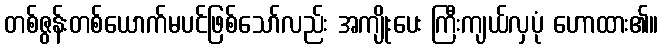
တစ်ဇွန်းတစ်ယောက်မပင်ဖြစ်သော်လည်း အကျိုးပေး ကြီးကျယ်လှပုံ ဟောထား၏။